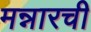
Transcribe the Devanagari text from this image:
मन्नारची